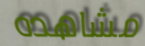
مشاهده